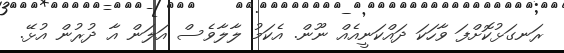
ރަނގަޅުކޮށްފަ ވާހަކަ ދައްކަނީއެއް ނޫން. އެކަމު ލާލާވެސް އަލަން އާ ދުރުން އުޅޭ.